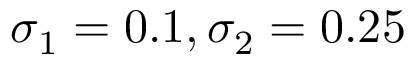
\sigma _ { 1 } = 0 . 1 , \sigma _ { 2 } = 0 . 2 5